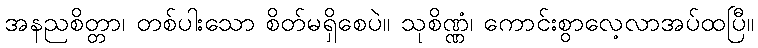
အနညစိတ္တာ၊ တစ်ပါးသော စိတ်မရှိစေပဲ။ သုစိဏ္ဏံ၊ ကောင်းစွာလေ့လာအပ်ထပြီ။